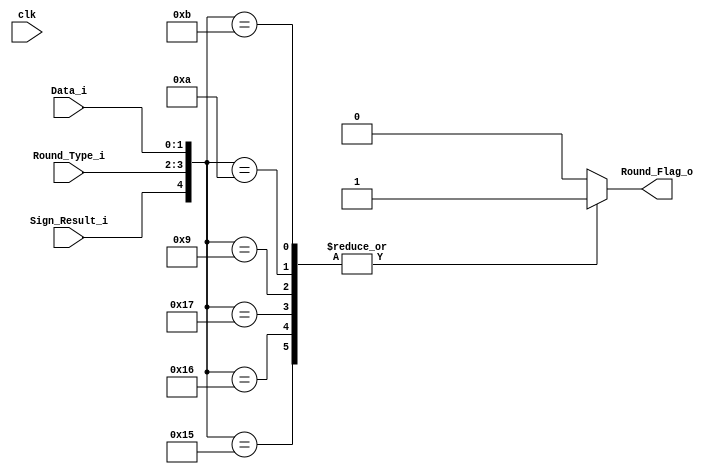
module Round_Sgf_Dec_3(
    input wire clk,
    input wire [1:0] Data_i,
    input wire [1:0] Round_Type_i,
    input wire Sign_Result_i,
    output reg Round_Flag_o
    );
    always @*
    	case ({Sign_Result_i,Round_Type_i,Data_i})
    	5'b10101: Round_Flag_o <=1;  
    	5'b10110: Round_Flag_o <=1;  
    	5'b10111: Round_Flag_o <=1;  
    	5'b01001: Round_Flag_o <=1;  
    	5'b01010: Round_Flag_o <=1;  
    	5'b01011: Round_Flag_o <=1;  
    	default: Round_Flag_o <=0;
    	endcase
endmodule